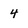
Character: 4